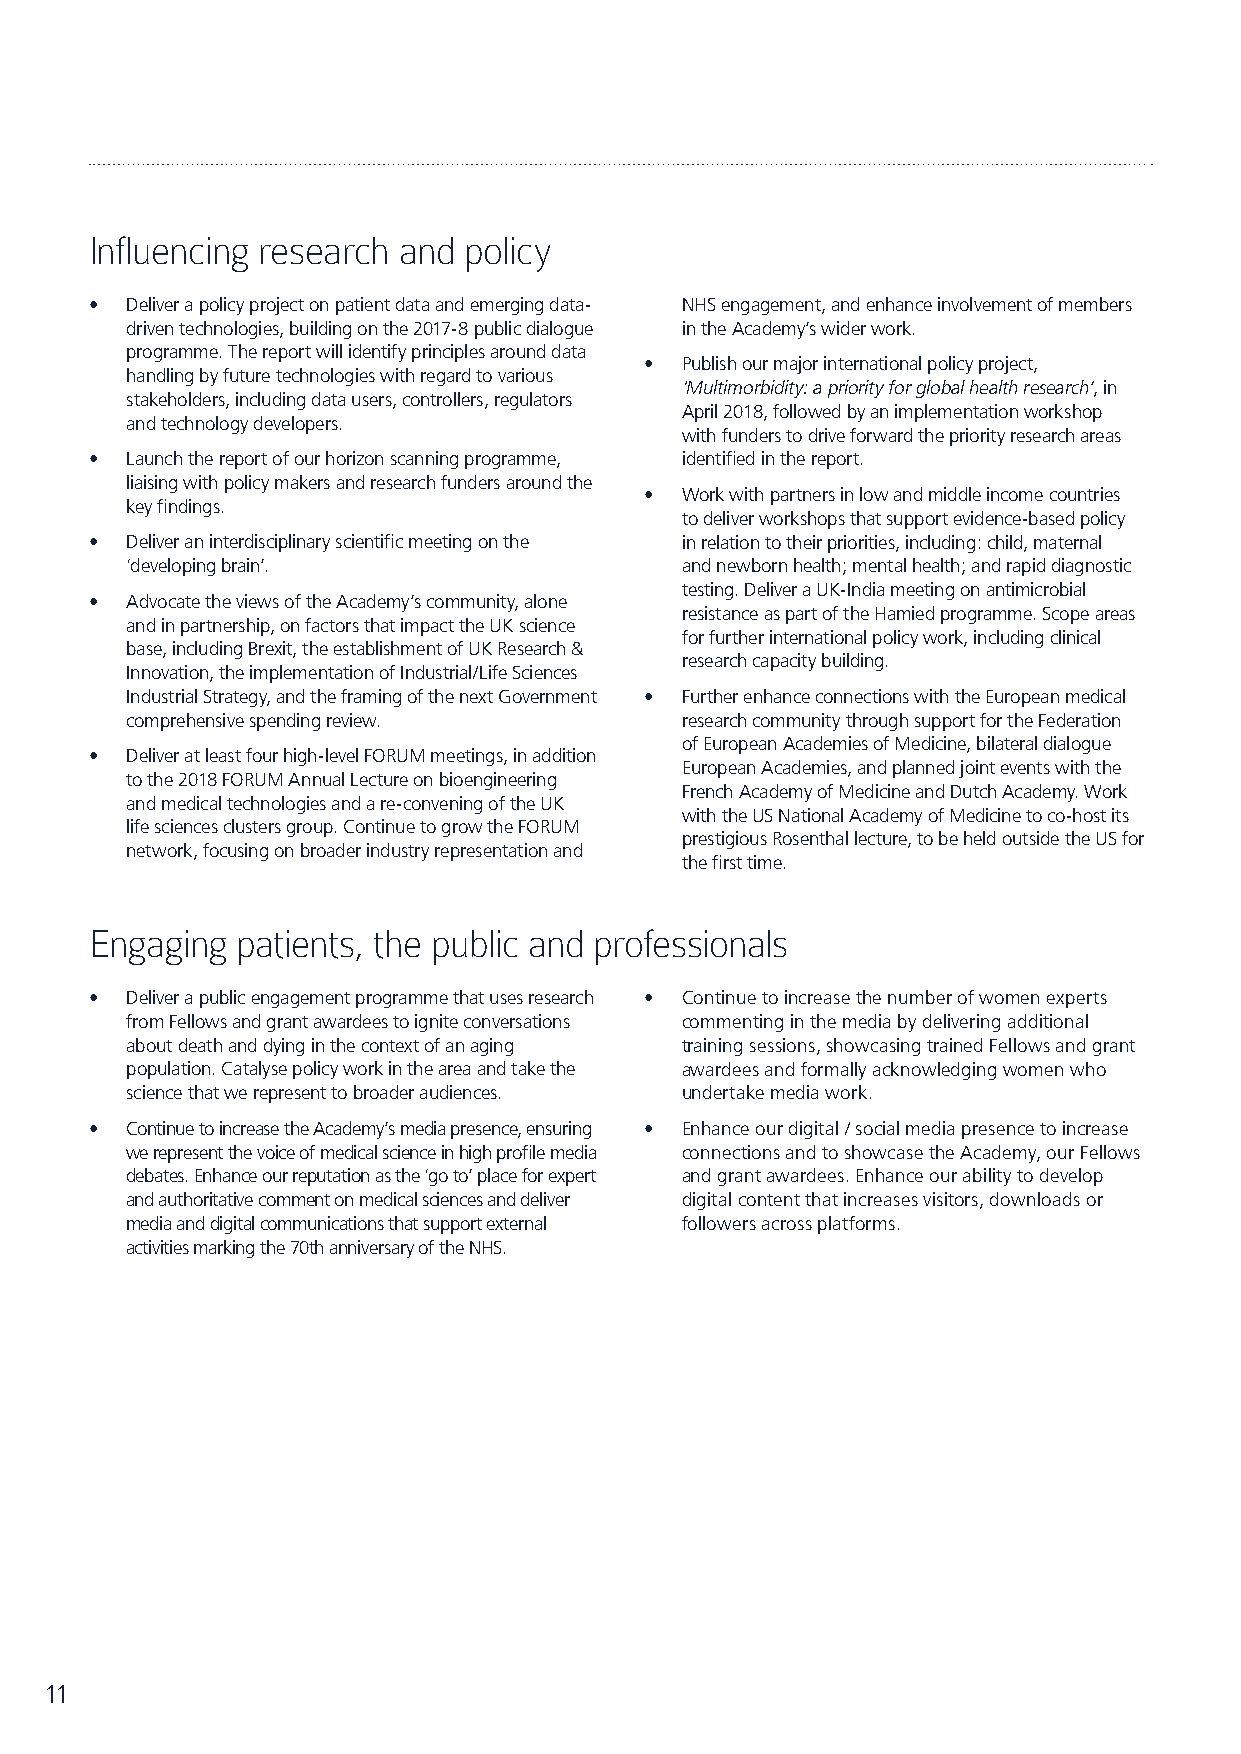
Influencing research and policy
 • Deliver a policy project on patient data and emerging data- NHS engagement, and enhance involvement of members
 driven technologies, building on the 2017-8 public dialogue in the Academy’s wider work.
 programme. The report will identify principles around data
 • Publish our major international policy project,
 handling by future technologies with regard to various
 ‘Multimorbidity: a priority for global health research’, in
 stakeholders, including data users, controllers, regulators
 April 2018, followed by an implementation workshop
 and technology developers.
 with funders to drive forward the priority research areas
 • Launch the report of our horizon scanning programme, identified in the report.
 liaising with policy makers and research funders around the
 • Work with partners in low and middle income countries
 key findings.
 to deliver workshops that support evidence-based policy
 • Deliver an interdisciplinary scientific meeting on the in relation to their priorities, including: child, maternal
 ‘developing brain’.                  and newborn health; mental health; and rapid diagnostic
 testing. Deliver a UK-India meeting on antimicrobial
 • Advocate the views of the Academy’s community, alone
 resistance as part of the Hamied programme. Scope areas
 and in partnership, on factors that impact the UK science
 for further international policy work, including clinical
 base, including Brexit, the establishment of UK Research &
 research capacity building.
 Innovation, the implementation of Industrial/Life Sciences
 Industrial Strategy, and the framing of the next Government • Further enhance connections with the European medical
 comprehensive spending review.       research community through support for the Federation
 of European Academies of Medicine, bilateral dialogue
 • Deliver at least four high-level FORUM meetings, in addition
 European Academies, and planned joint events with the
 to the 2018 FORUM Annual Lecture on bioengineering
 French Academy of Medicine and Dutch Academy. Work
 and medical technologies and a re-convening of the UK
 with the US National Academy of Medicine to co-host its
 life sciences clusters group. Continue to grow the FORUM
 prestigious Rosenthal lecture, to be held outside the US for
 network, focusing on broader industry representation and
 the first time.
 Engaging  patients, the public and professionals
 • Deliver a public engagement programme that uses research • Continue to increase the number of women experts
 from Fellows and grant awardees to ignite conversations commenting in the media by delivering additional
 about death and dying in the context of an aging training sessions, showcasing trained Fellows and grant
 population. Catalyse policy work in the area and take the awardees and formally acknowledging women who
 science that we represent to broader audiences. undertake media work.
 • Continue to increase the Academy’s media presence, ensuring • Enhance our digital / social media presence to increase
 we represent the voice of medical science in high profile media connections and to showcase the Academy, our Fellows
 debates. Enhance our reputation as the ‘go to’ place for expert and grant awardees. Enhance our ability to develop
 and authoritative comment on medical sciences and deliver digital content that increases visitors, downloads or
 media and digital communications that support external followers across platforms.
 activities marking the 70th anniversary of the NHS.
 11